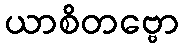
ယာစိတဗ္ဗော